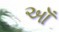
ઑઁ